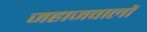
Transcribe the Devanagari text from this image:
जहाजवालों